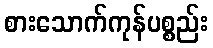
စားသောက်ကုန်ပစ္စည်း